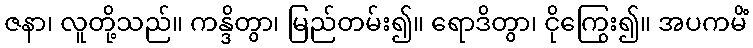
ဇနာ၊ လူတို့သည်။ ကန္ဒိတွာ၊ မြည်တမ်း၍။ ရောဒိတွာ၊ ငိုကြွေး၍။ အပကမိံ